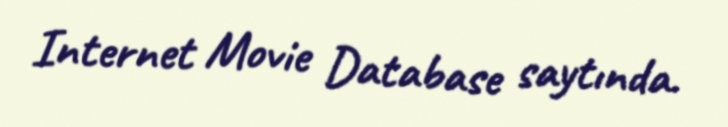
Internet Movie Database saytında.